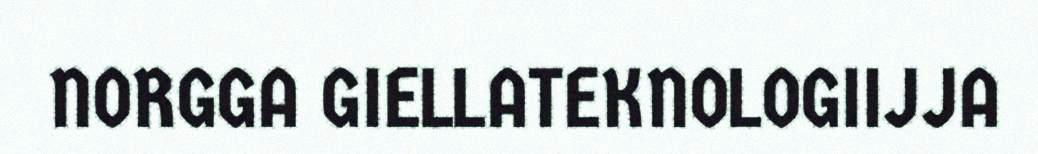
NORGGA GIELLATEKNOLOGIIJJA